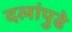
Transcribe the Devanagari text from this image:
दलांपुढे